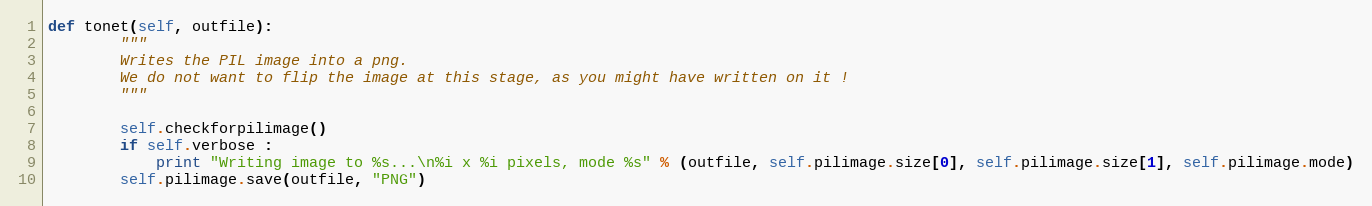
Language: Python
def tonet(self, outfile):
        """
        Writes the PIL image into a png.
        We do not want to flip the image at this stage, as you might have written on it !
        """

        self.checkforpilimage()
        if self.verbose :
            print "Writing image to %s...\n%i x %i pixels, mode %s" % (outfile, self.pilimage.size[0], self.pilimage.size[1], self.pilimage.mode)
        self.pilimage.save(outfile, "PNG")